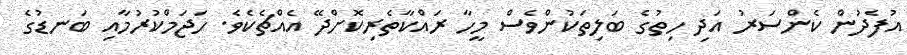
އުފެދުން ކެންސަރު އަދި ހިތުގެ ބަލިތަކުންވެސް މީހާ ރައްކާތެރިކޮށްދޭ އެއްޗެކެވެ. ހަޖަމްކުރުމާއި ބަނޑުގެ